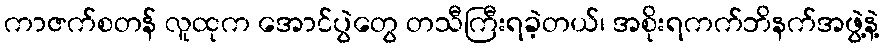
ကာဇက်စတန် လူထုက အောင်ပွဲတွေ တသီကြီးရခဲ့တယ်၊ အစိုးရကက်ဘိနက်အဖွဲ့နဲ့